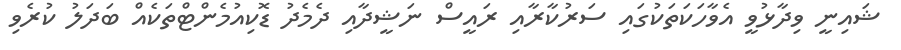
ޝައިނީ ވިދާޅުވީ އެވާހަކަތަކުގައި ސަރުކާރާއި ރައީސް ނަޝީދާއި ދެމެދު ޑޮކިއުމެންޓްތަކެއް ބަދަލު ކުރެވި